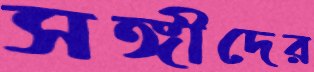
সঙ্গীদের